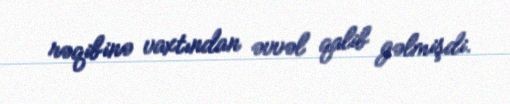
rəqibinə vaxtından əvvəl qalib gəlmişdi.